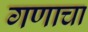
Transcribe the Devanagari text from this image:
गणाचा